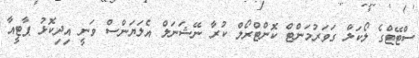
ސްޓޭޓްގެ ލޯކަލް ގަވަރުމަންޓް ކޮންޓްރޯލް ކުރާ ނޭޝަނަލް އެލަޔަންސް ވަނީ އިދިކޮޅު ޕާޓީއާ